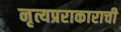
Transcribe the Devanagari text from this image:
नृत्यप्रराकाराची